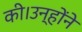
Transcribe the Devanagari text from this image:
की।उन्होंने